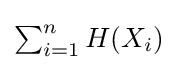
{\begin{matrix}\sum _{i=1}^{n}H(X_{i})\end{matrix}}